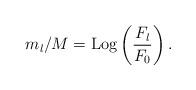
LaTeX: \begin{align*}m_l/M={\rm Log} \left( \frac {F_l}{F_0}\right) .\end{align*}